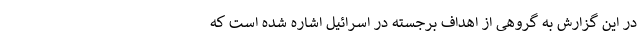
در این گزارش به گروهی از اهداف برجسته در اسرائیل اشاره شده است كه